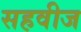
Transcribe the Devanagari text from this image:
सहवीज